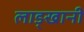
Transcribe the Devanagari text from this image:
लाड्खानी